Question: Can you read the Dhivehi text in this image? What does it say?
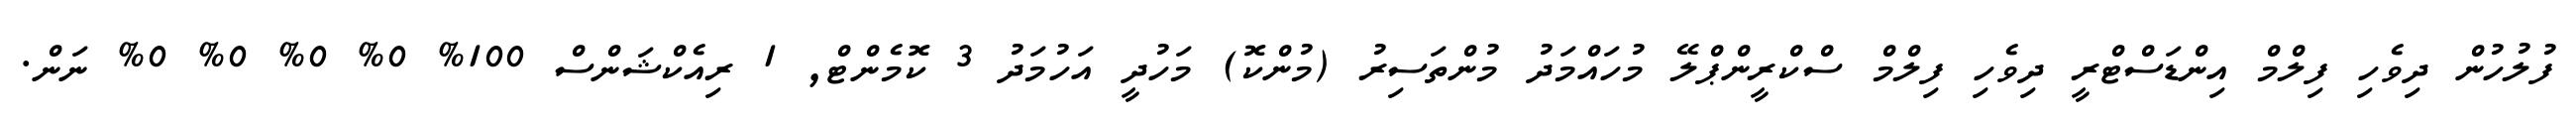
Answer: ފުލުހުން ދިވެހި ފިލްމް އިންޑަސްޓްރީ ދިވެހި ފިލްމް ސްކްރީންޕްލޭ މުހައްމަދު މުންތަސިރު (މުންކޮ) މަހުދީ އަހުމަދު 3 ކޮމެންޓް, 1 ރިއެކްޝަންސް 100% 0% 0% 0% 0% ނަން.